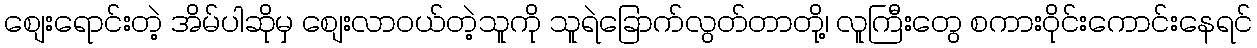
စျေးရောင်းတဲ့ အိမ်ပါဆိုမှ စျေးလာဝယ်တဲ့သူကို သူရဲခြောက်လွတ်တာတို့၊ လူကြီးတွေ စကားဝိုင်းကောင်းနေရင်